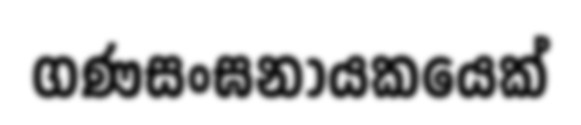
ගණසංඝනායකයෙක්